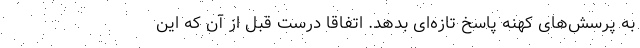
به پرسش‌های کهنه پاسخ تازه‌ای بدهد. اتفاقا درست قبل از آن که این